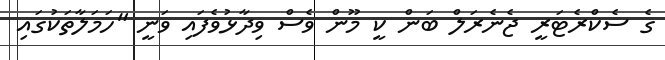
ގެ ސެކްރެޓަރީ ޖެނެރަލް ބަން ކީ މޫން ވެސް ވިދާޅުވެފައި ވަނީ "ހަމަލާތަކުގައި